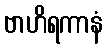
ဗာဟိရကာနံ